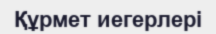
Құрмет иегерлері